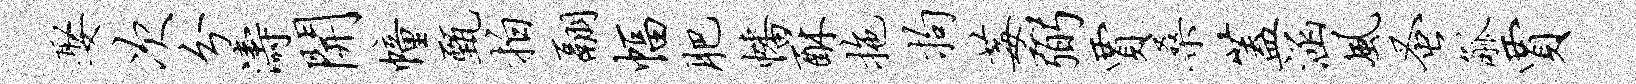
娶次分涛开幢甄拍翮幅肥幡酥拖拘莓弼贾桑盖涵风蚤觚贾